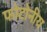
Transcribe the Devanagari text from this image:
फोटोनीय